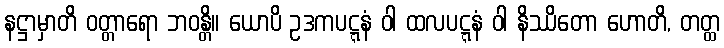
နဋ္ဌာမှာတိ ဝတ္တာရော ဘဝန္တိ။ ယောပိ ဥဒကပဋ္ဋနံ ဝါ ထလပဋ္ဋနံ ဝါ နိဿိတော ဟောတိ, တတ္ထ